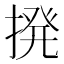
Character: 𫝼